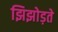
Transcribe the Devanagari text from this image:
झिझोड़ते